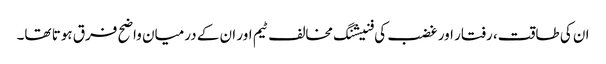
ان کی طاقت، رفتار اور غضب کی فنیشنگ مخالف ٹیم اور ان کے درمیان واضح فرق ہوتا تھا۔